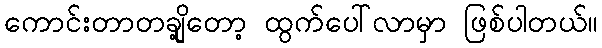
ကောင်းတာတချို့တော့ ထွက်ပေါ်လာမှာ ဖြစ်ပါတယ်။